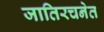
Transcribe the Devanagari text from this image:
जातिरचनेत